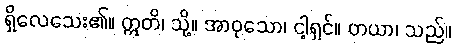
ရှိလေသေး၏။ ဣတိ၊ သို့။ အာဝုသော၊ ငါ့ရှင်။ တယာ၊ သည်။